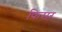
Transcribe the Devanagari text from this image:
फिसर